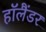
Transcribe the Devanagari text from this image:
हॉलैंडर